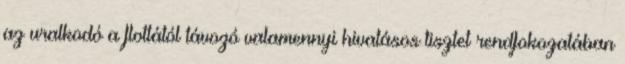
az uralkodó a flottától távozó valamennyi hivatásos tisztet rendfokozatában